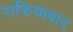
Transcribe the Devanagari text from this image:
राफियाबाद